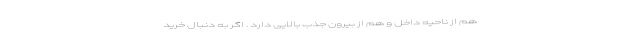
هم از ناحیه داخل و هم از بیرون جذب بالایی دارد . اگر به دنبال خرید